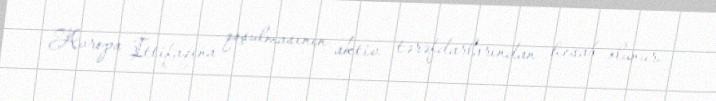
Avropa İttifaqına qoşulmasının aktiv tərəfdarlarından hesab olunur.